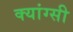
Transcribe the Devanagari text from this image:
क्यांग्सी